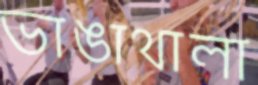
ভাঙাথালা